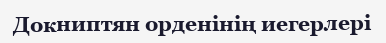
Докниптян орденінің иегерлері